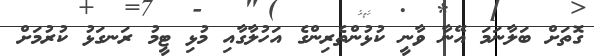
ގޮތަށް ބަލާނަމަ އޭނާ ވާނީ ކުޅުންތެރިންގެ އަހުލާގާއި މުޅި ޓީމު ރަނގަޅު ކުރުމަށް